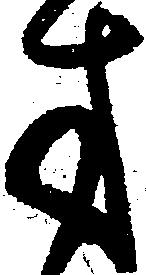
方